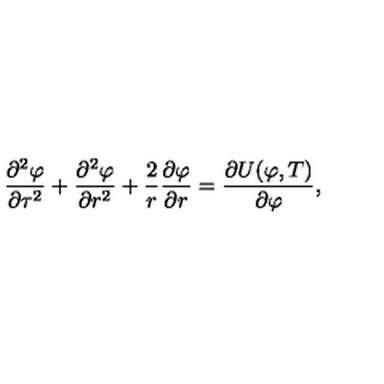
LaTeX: { \frac { \partial ^ { 2 } \varphi } { \partial \tau ^ { 2 } } } + { \frac { \partial ^ { 2 } \varphi } { \partial r ^ { 2 } } } + { \frac { 2 } { r } } { \frac { \partial \varphi } { \partial r } } = { \frac { \partial U ( \varphi , T ) } { \partial \varphi } } ,